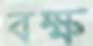
বক্ষ